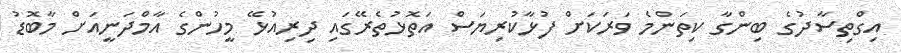
އިގްތިސާދުގެ ބިންގާ ކިތަންމެ ވަރަކަށް ފުޅާކުރިޔަސް އަތޮޅުތެރޭގައި ދިރިއުޅޭ މީހުންގެ އާމްދަނީއަށް މާބޮޑު